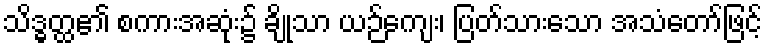
သိဒ္ဓတ္ထ၏ စကားအဆုံး၌ ချိုသာ ယဉ်ကျေး၊ ပြတ်သားသော အသံတော်ဖြင့်